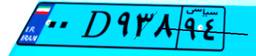
۰۰D۹۳۸۹۴